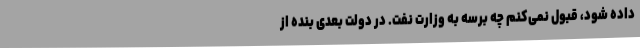
داده شود، قبول نمی‌کنم چه برسه به وزارت نفت. در دولت بعدی بنده از